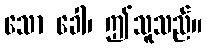
သော ခေါ၊ ဤသူသည်။